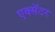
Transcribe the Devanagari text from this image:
एक्सॅटर